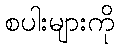
စပါးများကို